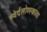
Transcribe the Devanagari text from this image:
स्वेर्दलोव्स्काया